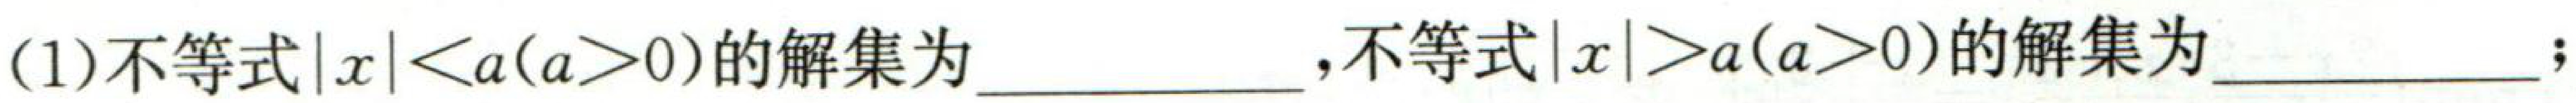
(1)不等式\(\vert x\vert < a(a > 0)\)的解集为  ，不等式\(\vert x\vert \geqslant a(a\geqslant 0)\)的解集为  ；